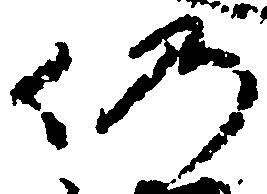
仍